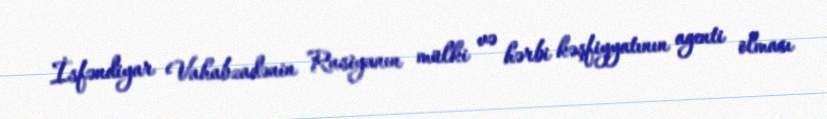
İsfəndiyar Vahabzadənin Rusiyanın mülki və hərbi kəşfiyyatının agenti olması